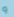
و